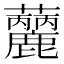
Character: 𧅳